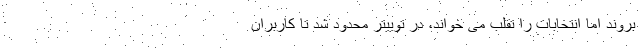
بروند اما انتخابات را تقلب می خواند، در توییتر محدود شد تا کاربران